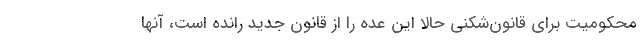
محكوميت براي قانون‌شكني حالا اين عده را از قانون جديد رانده است، آنها